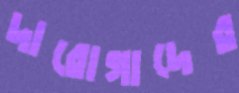
দারোগাদের